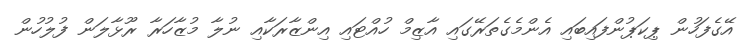
އޭގެފަހުން ޕިކަޕުންފައިބައި އެންމެގެތަރޭގައި އާޒިމް ހުއްޓައި އިންޒާރަކާއި ނުލާ މުޒާހަރާ ރޫޅާލަން ފުލުހުން